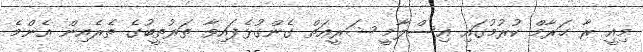
މިއީ ރާ ޙަރާމް ކުރުމުގައި އިސްލާމީ ޝަރީޢަތް ގެންގުޅެފައިވާ ތަރުތީބުގެ ތެރެއިން އެންމެ